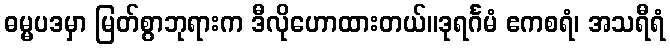
ဓမ္မပဒမှာ မြတ်စွာဘုရားက ဒီလိုဟောထားတယ်။ဒုရင်္ဂမံ ဧကစရံ၊ အသရီရံ